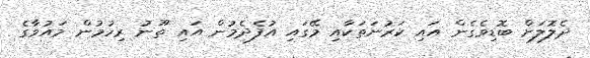
ދެލޮލަށް ބޮޑިވެގެން އައި ކަރުނަތަކާއި މޭގައި އުފެދެމުން އައި ތޫނު ރިހުމުން މައުވާގެ